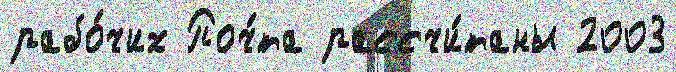
рабо́чих Поч́та рассчи́таны 2003